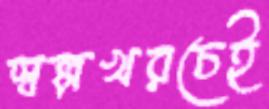
স্বল্পখরচেই